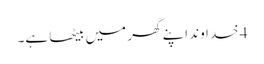
4 خدا وند اپنے گھر میں بیٹھا ہے۔